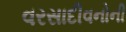
વરસાદીવનોની